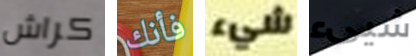
كراش فأنك شيء شيىء